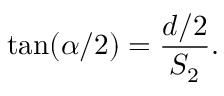
\tan ( \alpha / 2 ) = { \frac { d / 2 } { S _ { 2 } } } .